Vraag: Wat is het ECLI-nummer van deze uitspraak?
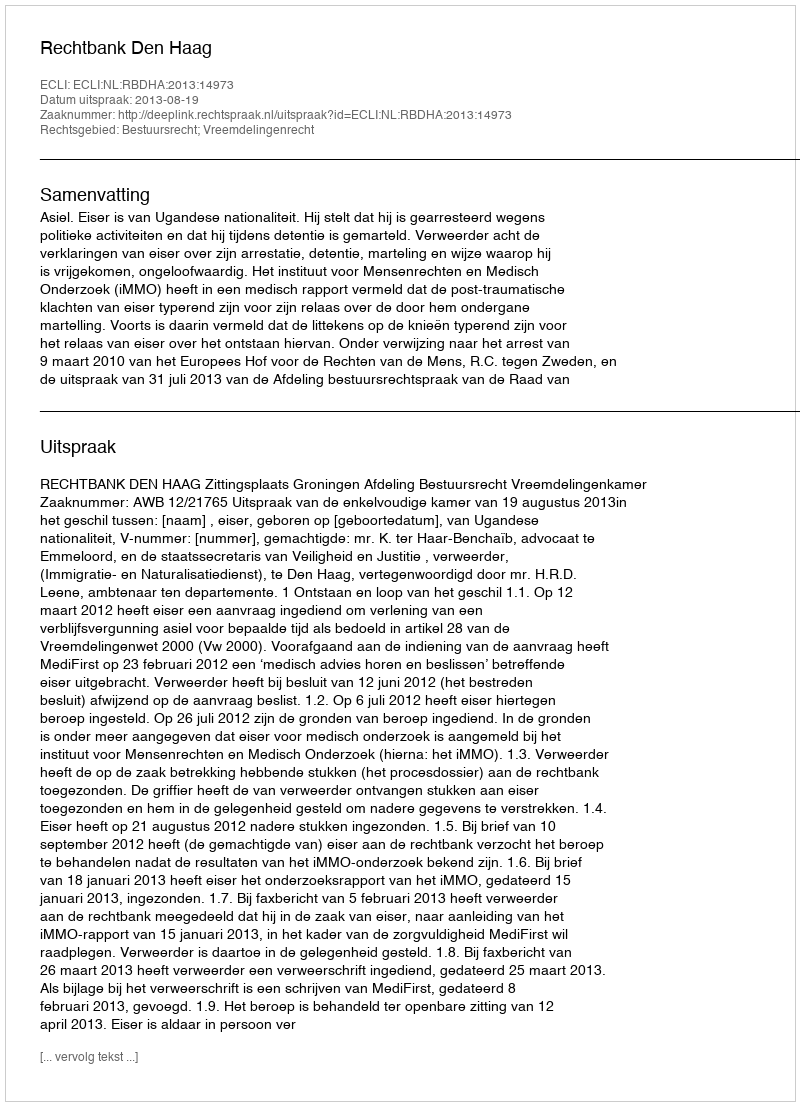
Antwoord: ECLI:NL:RBDHA:2013:14973